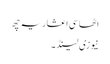
اٹھاسی اعشاریہ چھ
نیوزی لینڈ ۔